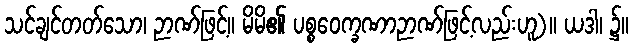
သင်ချင်တတ်သော၊ ဉာဏ်ဖြင့်။ မိမိ၏ ပစ္စဝေက္ခဏာဉာဏ်ဖြင့်လည်းဟူ)။ ယဒါ၊ ၌။